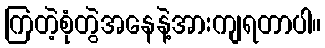
ကြတဲ့စုံတွဲအနေနဲ့အားကျရတာပါ။